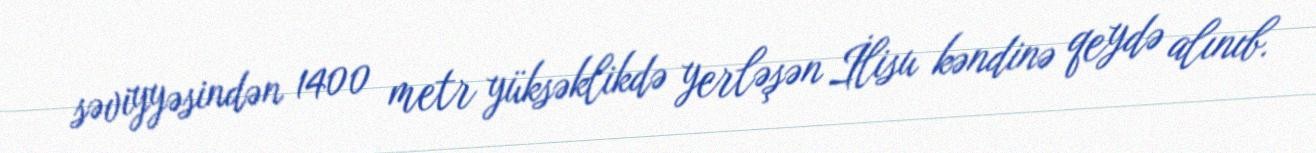
səviyyəsindən 1400 metr yüksəklikdə yerləşən İlisu kəndinə qeydə alınıb.